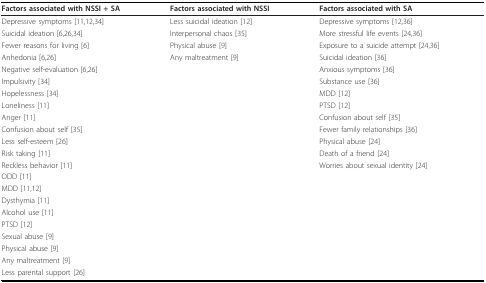
<table><thead><tr><td><b>Factors associated with NSSI + SA</b></td><td><b>Factors associated with NSSI</b></td><td><b>Factors associated with SA</b></td></tr></thead><tbody><tr><td>Depressive symptoms [11,12,34]</td><td>Less suicidal ideation [12]</td><td>Depressive symptoms [12,36]</td></tr><tr><td>Suicidal ideation [6,26,34]</td><td>Interpersonal chaos [35]</td><td>More stressful life events [24,36]</td></tr><tr><td>Fewer reasons for living [6]</td><td>Physical abuse [9]</td><td>Exposure to a suicide attempt [24,36]</td></tr><tr><td>Anhedonia [6,26]</td><td>Any maltreatment [9]</td><td>Suicidal ideation [36]</td></tr><tr><td>Negative self-evaluation [6,26]</td><td>[EMPTY_CELL]</td><td>Anxious symptoms [36]</td></tr><tr><td>Impulsivity [34]</td><td>[EMPTY_CELL]</td><td>Substance use [36]</td></tr><tr><td>Hopelessness [34]</td><td>[EMPTY_CELL]</td><td>MDD [12]</td></tr><tr><td>Loneliness [11]</td><td>[EMPTY_CELL]</td><td>PTSD [12]</td></tr><tr><td>Anger [11]</td><td>[EMPTY_CELL]</td><td>Confusion about self [35]</td></tr><tr><td>Confusion about self [35]</td><td>[EMPTY_CELL]</td><td>Fewer family relationships [36]</td></tr><tr><td>Less self-esteem [26]</td><td>[EMPTY_CELL]</td><td>Physical abuse [24]</td></tr><tr><td>Risk taking [11]</td><td>[EMPTY_CELL]</td><td>Death of a friend [24]</td></tr><tr><td>Reckless behavior [11]</td><td>[EMPTY_CELL]</td><td>Worries about sexual identity [24]</td></tr><tr><td>ODD [11]</td><td>[EMPTY_CELL]</td><td>[EMPTY_CELL]</td></tr><tr><td>MDD [11,12]</td><td>[EMPTY_CELL]</td><td>[EMPTY_CELL]</td></tr><tr><td>Dysthymia [11]</td><td>[EMPTY_CELL]</td><td>[EMPTY_CELL]</td></tr><tr><td>Alcohol use [11]</td><td>[EMPTY_CELL]</td><td>[EMPTY_CELL]</td></tr><tr><td>PTSD [12]</td><td>[EMPTY_CELL]</td><td>[EMPTY_CELL]</td></tr><tr><td>Sexual abuse [9]</td><td>[EMPTY_CELL]</td><td>[EMPTY_CELL]</td></tr><tr><td>Physical abuse [9]</td><td>[EMPTY_CELL]</td><td>[EMPTY_CELL]</td></tr><tr><td>Any maltreatment [9]</td><td>[EMPTY_CELL]</td><td>[EMPTY_CELL]</td></tr><tr><td>Less parental support [26]</td><td>[EMPTY_CELL]</td><td>[EMPTY_CELL]</td></tr></tbody></table>